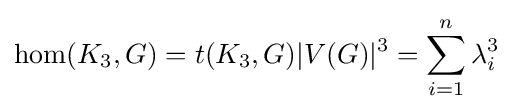
\operatorname {hom} (K_{3},G)=t(K_{3},G)|V(G)|^{3}=\sum _{i=1}^{n}\lambda _{i}^{3}